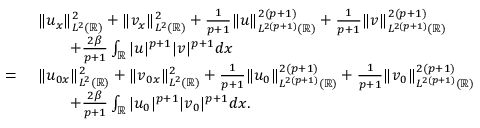
\begin{array} { r l } & { \| u _ { x } \| _ { L ^ { 2 } ( \mathbb { R } ) } ^ { 2 } + \| v _ { x } \| _ { L ^ { 2 } ( \mathbb { R } ) } ^ { 2 } + \frac { 1 } { p + 1 } \| u \| _ { L ^ { 2 ( p + 1 ) } ( \mathbb { R } ) } ^ { 2 ( p + 1 ) } + \frac { 1 } { p + 1 } \| v \| _ { L ^ { 2 ( p + 1 ) } ( \mathbb { R } ) } ^ { 2 ( p + 1 ) } } \\ & { \qquad + \frac { 2 \beta } { p + 1 } \int _ { \mathbb { R } } | u | ^ { p + 1 } | v | ^ { p + 1 } d x } \\ { = \ } & { \| u _ { 0 x } \| _ { L ^ { 2 } ( \mathbb { R } ) } ^ { 2 } + \| v _ { 0 x } \| _ { L ^ { 2 } ( \mathbb { R } ) } ^ { 2 } + \frac { 1 } { p + 1 } \| u _ { 0 } \| _ { L ^ { 2 ( p + 1 ) } ( \mathbb { R } ) } ^ { 2 ( p + 1 ) } + \frac { 1 } { p + 1 } \| v _ { 0 } \| _ { L ^ { 2 ( p + 1 ) } ( \mathbb { R } ) } ^ { 2 ( p + 1 ) } } \\ & { \qquad + \frac { 2 \beta } { p + 1 } \int _ { \mathbb { R } } | u _ { 0 } | ^ { p + 1 } | v _ { 0 } | ^ { p + 1 } d x . } \end{array}